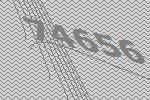
74656